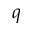
\boldsymbol { q }